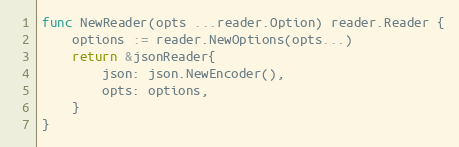
Language: Go
func NewReader(opts ...reader.Option) reader.Reader {
	options := reader.NewOptions(opts...)
	return &jsonReader{
		json: json.NewEncoder(),
		opts: options,
	}
}